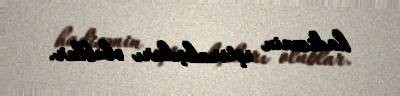
hadisənin iştirakçıları olublar.